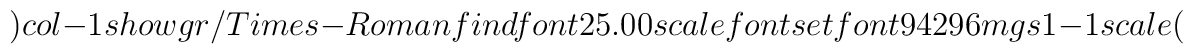
) col-1 show gr/Times-Roman findfont 25.00 scalefont setfont94 296 mgs 1 -1 scale (